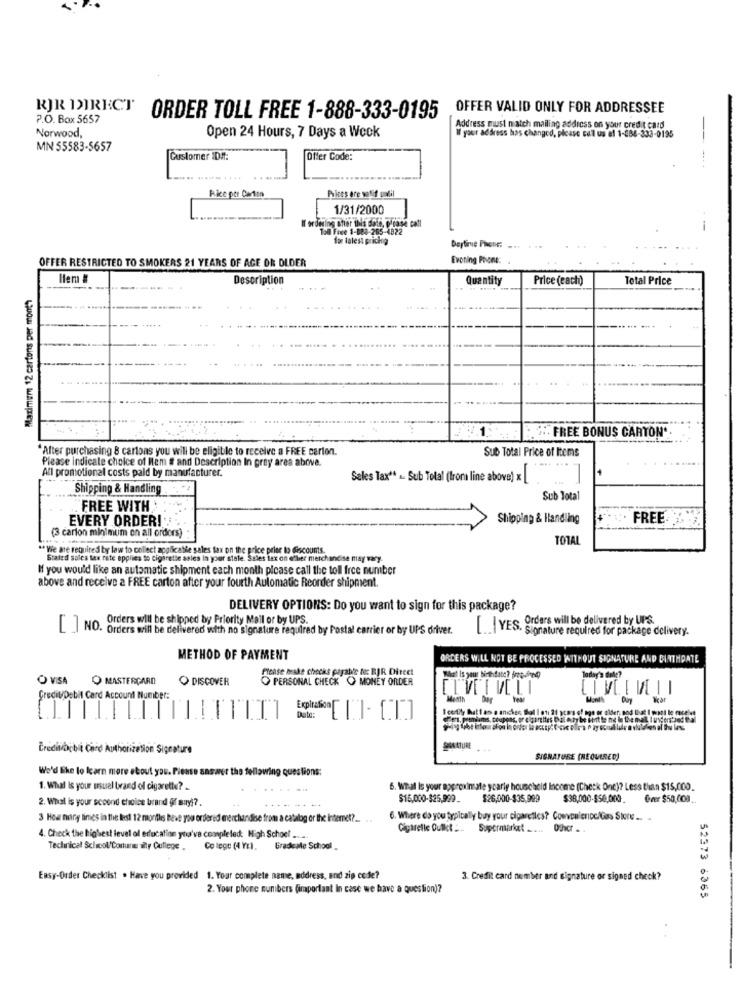
RJR DIRECT
OFFER VALID ONLY FOR ADDRESSEE
P.O. Box 5657
ORDER TOLL FREE 1-888-333-0195
Address must match mailing address on your credit card
Norwood,
Open 24 Hours, 7 Days a Week
W your address has changed, please call us af 1-084-333-0195
MN 55583-5657
Customer ID#:
Offer Code:
-....
Pice per Carton
Prices ere wellif undil
1/31/2000
If ordering stier this date, please call
Toll Free 1-888-265-4822
-
for talest prichp
Dertime Phone:
OFFER RESTRICTED TO SMOKERS 21 YEARS OF AGE OR OLDER
Evoning Phone:
Hem
Description
Quantity
Price (each)
Total Price
Maximum 12 cartons per month
."" FREE BONUS CARTON'
"After purchasing 8 cartons you will be eligible to receive a FREE carion.
Sub Total Price of Items
Please indicate choice of Hem # and Description In grey area above.
All promotional costs paid by manufacturer.
Sales Tax" . Sub Total (Ironi line above) x
Shipping & Handling
Sub Total
. FREE WITH
EVERY ORDER !!
Shipping & Handling
FREE.
(3 carion minimum on all orders)
TOTAL
"Wie are required by law to collect applicatie sales tax on the price prior to discounts.
Stated sales tax rate applies to cigarette sales In your state. Sales tax on eller merchandise may vary.
If you would like an automatic shipment each month picase call the toll free number
above and receive a FREE carton after your fourth Automatic Reorder shipment.
DELIVERY OPTIONS: Do you want to sign for this package?
NO. Orders will be shipped by Priority Mail or by UPS
- Orders will be delivered with no signature required by Postal carrier or by UPS driver.
[ .. | YES, Orders will be delivered by UPS.
Signature required for package delivery.
METHOD OF PAYMENT
ORDERS WILL NOT BE PROCESSED WITHOUT SIGNATURE AND BIRTHDATE
Please brake checas payable Nic RJR Direct
O VISA O MASTERCARD
DISCOVER
PERSONAL CHECK O MONEY ORDER
Credit/Debit Card Account Number:
Menth
MIVELI
Expiration[
Pers, premiums, coupons, or cigarsites Dal Aty be int he ne le the mat Iuvensted Da
Creditdebit Card Authorization Signature
SIGNATURE
SIGNATURE (REQUIRED)
We'd like to learn more about you. Please answer the following questions:
1. What Is your usual brand of cigarette? ..
6. What Is your approximate yearly household Income (Check Onc)? Less than $15,000.
2. What is your scoond choice brand fif suryl ?.
$15,000-$25,999_
$26,000-$35,999
$38,000-$50,000. @ver $50,00) ..
3 How many times in the lest 12 months beve you orderid merchandise from a catalog or the internet ?... ..
6. Where do you typically buy your cigaretlcs? Cowcuienoc/Gas Store .. .
Cigarelle Oulkt ... Supermurlat ..... Ofher . .
4. Check the highest level of education you've completed: High School ....
Technical School'Conune illy College .
Co lege (4 YE).
Graduate School
Easy-Order Checklist . Have you provided 1. Your complete name, address, and zip code?
3. Credit card number and signature or signed check?
2. Your phone numbers (important In case we have a question)?
52373 6365